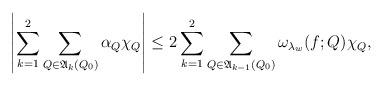
LaTeX: \begin{align*}\left|\sum_{k=1}^2\sum_{Q\in\mathfrak{A}_k(Q_0)}\alpha_Q\chi_Q\right|\leq2\sum_{k=1}^2\sum_{Q\in\mathfrak{A}_{k-1}(Q_0)}\omega_{\lambda_w}(f;Q)\chi_Q,\end{align*}